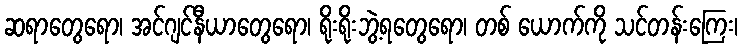
ဆရာတွေရော၊ အင်ဂျင်နီယာတွေရော၊ ရိုးရိုးဘွဲ့ရတွေရော၊ တစ် ယောက်ကို သင်တန်းကြေး၊